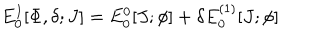
LaTeX: E _ { 0 } ^ { I } [ \Phi , \delta ; J ] = E _ { 0 } ^ { 0 } [ J ; \phi ] + \delta E _ { 0 } ^ { ( 1 ) } [ J ; \phi ]